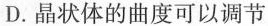
D.晶状体的曲度可以调节